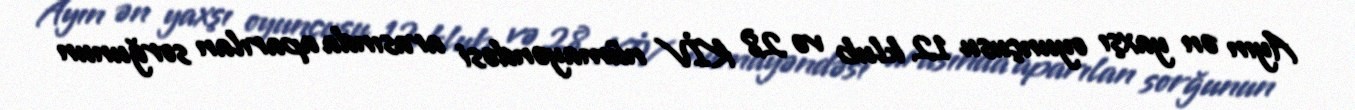
Ayın ən yaxşı oyunçusu 12 klub və 28 KİV nümayəndəsi arasında aparılan sorğunun